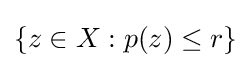
\{z\in X:p(z)\leq r\}